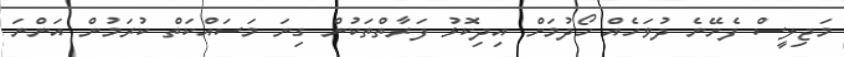
މަޖިލީސް ފެށޭނެ ދުވަހެއް ހޯދުމަށް އިދިކޮޅު ފަރާތްތަކުން ގިނަ މަސައްކަތް ކުރަމުން އަންނަ